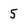
Character: 5